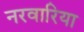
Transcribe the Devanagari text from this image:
नरवारिया